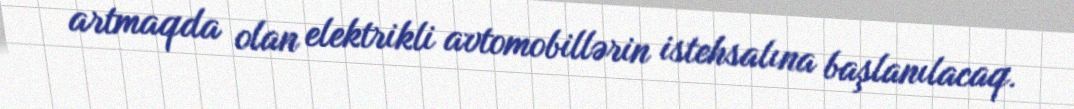
artmaqda olan elektrikli avtomobillərin istehsalına başlanılacaq.